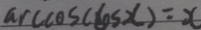
\arccos ( \cos x ) = x